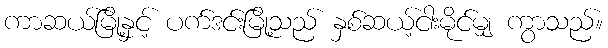
ကာဆယ်မြို့နှင့် ပက်ဒင်းမြို့သည် နှစ်ဆယ့်ငါးမိုင်မျှ ကွာသည်။